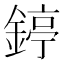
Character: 𨪃